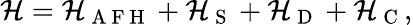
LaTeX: \mathcal{H}=\mathcal{H}_{\mathrm{~A~F~H~}}+\mathcal{H}_{\mathrm{~S~}}+\mathcal{H}_{\mathrm{~D~}}+\mathcal{H}_{\mathrm{~C~}},